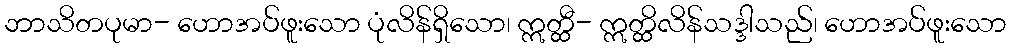
ဘာသိတပုမာ- ဟောအပ်ဖူးသော ပုံလိန်ရှိသော၊ ဣတ္ထီ- ဣတ္ထိလိန်သဒ္ဒါသည်၊ ဟောအပ်ဖူးသော